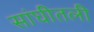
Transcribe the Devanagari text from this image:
सांघीतली